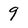
Character: 9